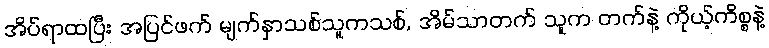
အိပ်ရာထပြီး အပြင်ဖက် မျက်နှာသစ်သူကသစ်, အိမ်သာတက် သူက တက်နဲ့ ကိုယ့်ကိစ္စနဲ့